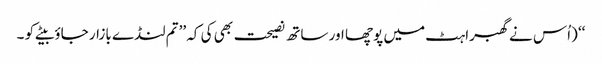
‘‘ (اُس نے گھبراہٹ میں پوچھا اور ساتھ نصیحت بھی کی کہ ’’تم لنڈے بازار جاؤ بیٹے کو ۔